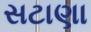
સટાણા